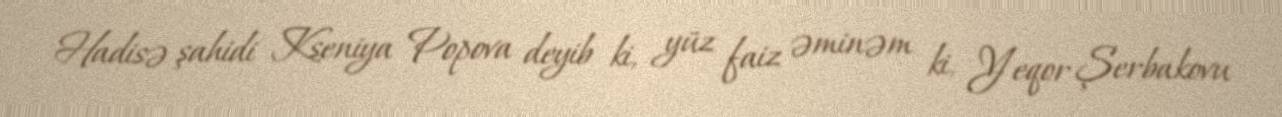
Hadisə şahidi Kseniya Popova deyib ki, yüz faiz əminəm ki, Yeqor Şerbakovu